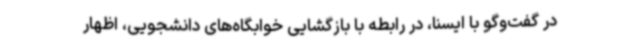
در گفت‌وگو با ایسنا، در رابطه با بازگشایی خوابگاه‌های دانشجویی، اظهار